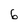
Character: 6